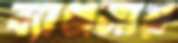
ব্যাঞ্জনায়